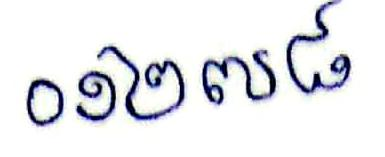
០១២៧៨